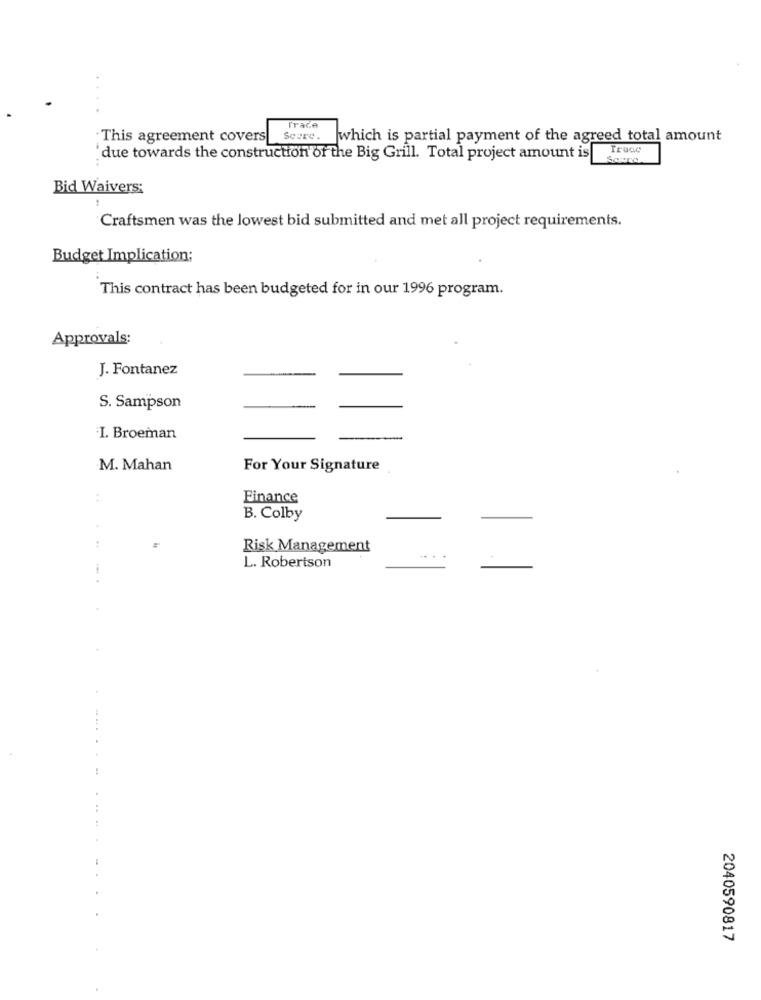
Trace
This agreement covers
Sourc .
which is partial payment of the agreed total amount
Trace
'due towards the construction of the Big Grill. Total project amount is
Bid Waivers:
Craftsmen was the lowest bid submitted and met all project requirements.
Budget Implication;
This contract has been budgeted for in our 1996 program.
Approvals:
J. Fontanez
S. Sampson
I. Broeman
M. Mahan
For Your Signature
:
Finance
B. Colby
Risk Management
L. Robertson
2040590817